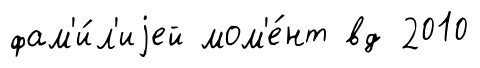
фам'и́л'иjей мом'е́нт вд 2010